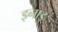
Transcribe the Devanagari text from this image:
इनाडु